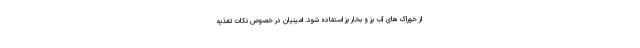
از خوراک های آب پز و بخار پز استفاده شود. امینیان در خصوص نکات تغذیه